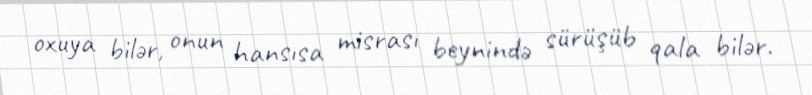
oxuya bilər, onun hansısa misrası beynində sürüşüb qala bilər.